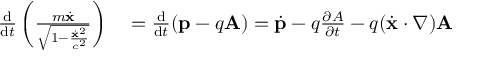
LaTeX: \begin{array} { r l } { { \frac { \mathrm { d } } { \mathrm { d } t } } \left( { \frac { m { \dot { \mathbf { x } } } } { \sqrt { 1 - { \frac { { \dot { \mathbf { x } } } ^ { 2 } } { c ^ { 2 } } } } } } \right) } & { { } = { \frac { \mathrm { d } } { \mathrm { d } t } } ( \mathbf { p } - q \mathbf { A } ) = { \dot { \mathbf { p } } } - q { \frac { \partial A } { \partial t } } - q ( { \dot { \mathbf { x } } } \cdot \nabla ) \mathbf { A } } \end{array}